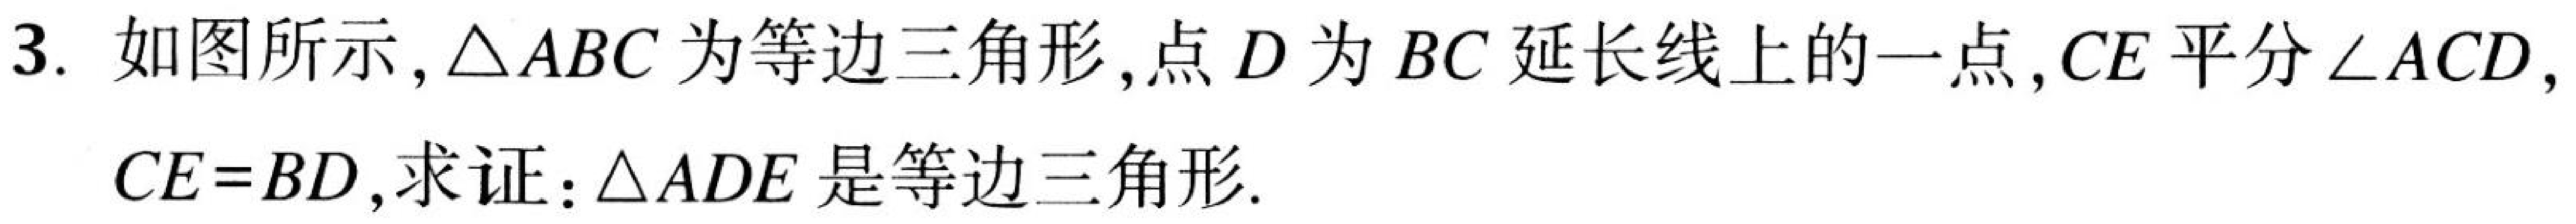
3. 如图所示,\(\triangle ABC\)为等边三角形,点\(D\)为\(BC\)延长线上的一点,\(CE\)平分\(\angle ACD\), \(CE = BD\),求证:\(\triangle ADE\)是等边三角形.